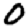
Digit: 0